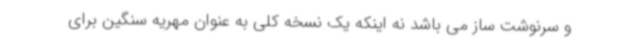
و سرنوشت ساز می باشد نه اینکه یک نسخه کلی به عنوان مهریه سنگین برای